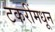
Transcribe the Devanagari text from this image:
टकरींमधून